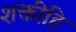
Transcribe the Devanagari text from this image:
शक्तीहि